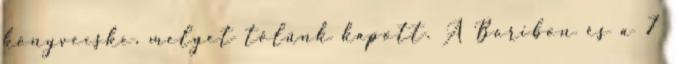
könyvecske, melyet tőlünk kapott. A Boribon és a 7